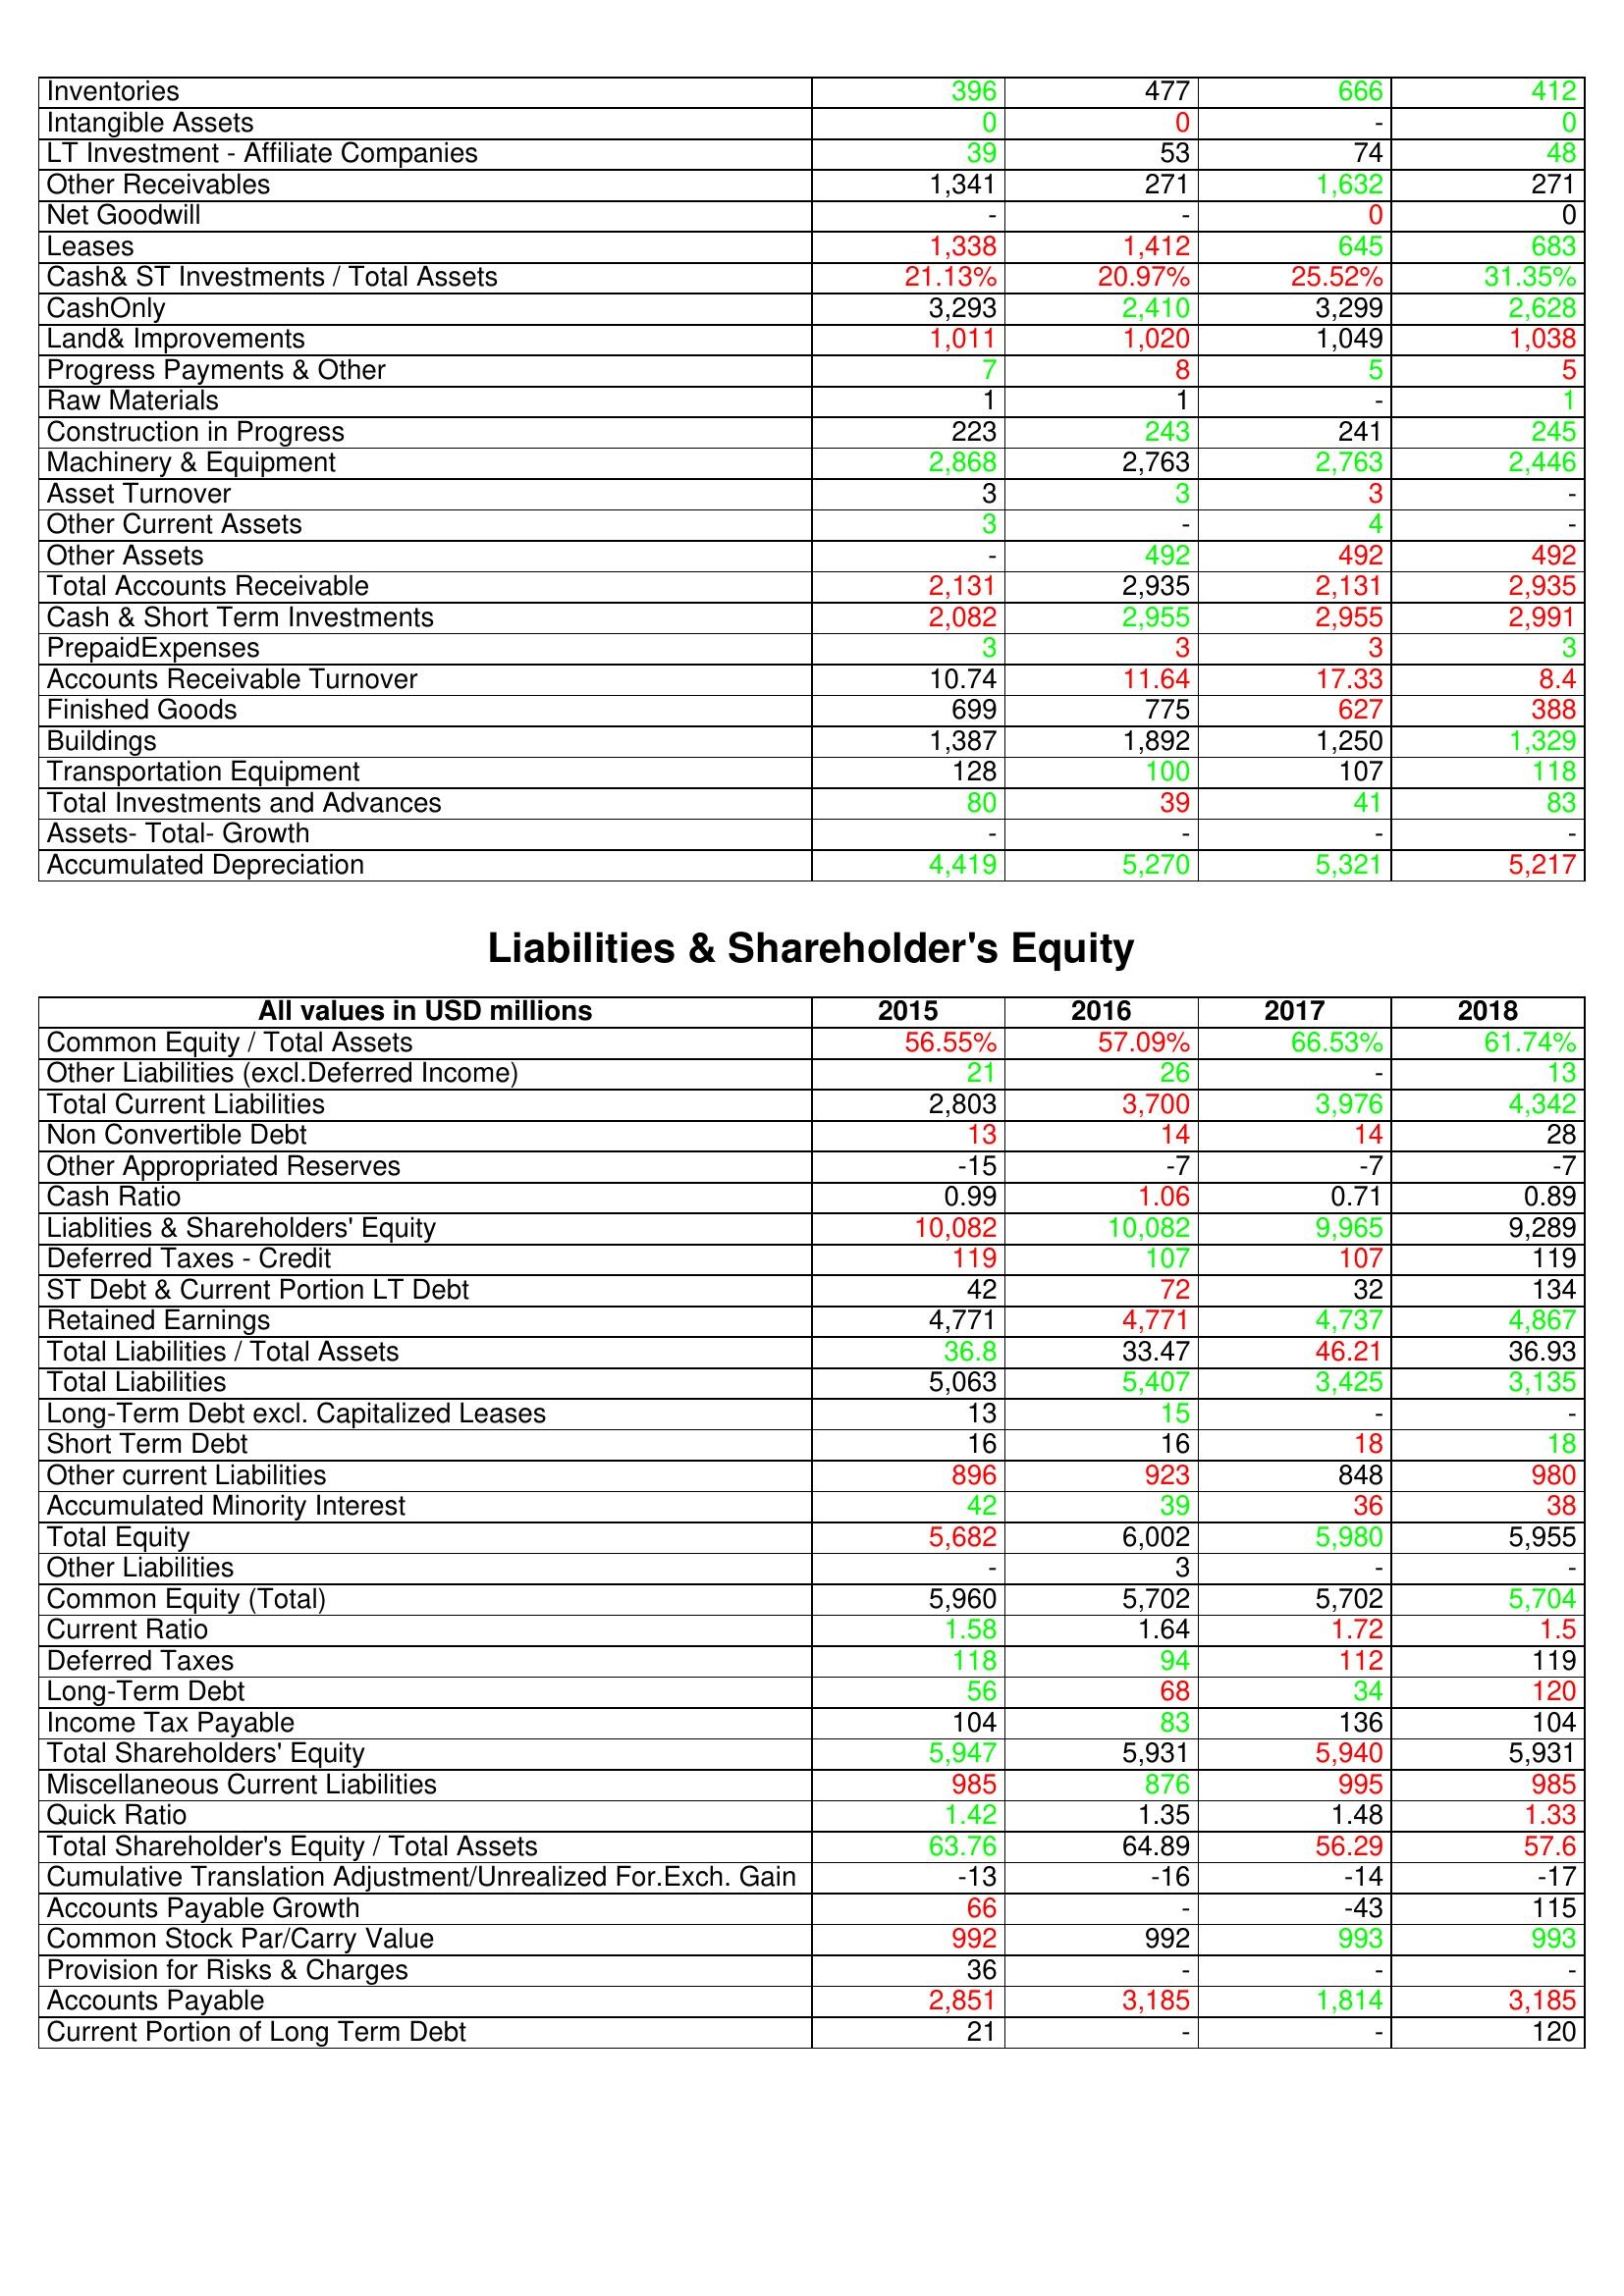
gt_parse: 2015: Assets: Inventories: 396
Intangible Assets: 0
LT Investment - Affiliate Companies: 39
Other Receivables: 1,341
Net Goodwill: -
Leases: 1,338
Cash& ST Investments / Total Assets: 21.13%
CashOnly: 3,293
Land& Improvements: 1,011
Progress Payments & Other: 7
Raw Materials: 1
Construction in Progress: 223
Machinery & Equipment: 2,868
Asset Turnover: 3
Other Current Assets: 3
Other Assets: -
Total Accounts Receivable: 2,131
Cash & Short Term Investments: 2,082
PrepaidExpenses: 3
Accounts Receivable Turnover: 10.74
Finished Goods: 699
Buildings: 1,387
Transportation Equipment: 128
Total Investments and Advances: 80
Assets- Total- Growth: -
Accumulated Depreciation: 4,419
Liabilities & Shareholder's Equity: Common Equity / Total Assets: 56.55%
Other Liabilities (excl.Deferred Income): 21
Total Current Liabilities: 2,803
Non Convertible Debt: 13
Other Appropriated Reserves: -15
Cash Ratio: 0.99
Liablities & Shareholders' Equity: 10,082
Deferred Taxes - Credit: 119
ST Debt & Current Portion LT Debt: 42
Retained Earnings: 4,771
Total Liabilities / Total Assets: 36.8
Total Liabilities: 5,063
Long-Term Debt excl. Capitalized Leases: 13
Short Term Debt: 16
Other current Liabilities: 896
Accumulated Minority Interest: 42
Total Equity: 5,682
Other Liabilities: -
Common Equity (Total): 5,960
Current Ratio: 1.58
Deferred Taxes: 118
Long-Term Debt: 56
Income Tax Payable: 104
Total Shareholders' Equity: 5,947
Miscellaneous Current Liabilities: 985
Quick Ratio: 1.42
Total Shareholder's Equity / Total Assets: 63.76
Cumulative Translation Adjustment/Unrealized For.Exch. Gain: -13
Accounts Payable Growth: 66
Common Stock Par/Carry Value: 992
Provision for Risks & Charges: 36
Accounts Payable: 2,851
Current Portion of Long Term Debt: 21
2016: Assets: Inventories: 477
Intangible Assets: 0
LT Investment - Affiliate Companies: 53
Other Receivables: 271
Net Goodwill: -
Leases: 1,412
Cash& ST Investments / Total Assets: 20.97%
CashOnly: 2,410
Land& Improvements: 1,020
Progress Payments & Other: 8
Raw Materials: 1
Construction in Progress: 243
Machinery & Equipment: 2,763
Asset Turnover: 3
Other Current Assets: -
Other Assets: 492
Total Accounts Receivable: 2,935
Cash & Short Term Investments: 2,955
PrepaidExpenses: 3
Accounts Receivable Turnover: 11.64
Finished Goods: 775
Buildings: 1,892
Transportation Equipment: 100
Total Investments and Advances: 39
Assets- Total- Growth: -
Accumulated Depreciation: 5,270
Liabilities & Shareholder's Equity: Common Equity / Total Assets: 57.09%
Other Liabilities (excl.Deferred Income): 26
Total Current Liabilities: 3,700
Non Convertible Debt: 14
Other Appropriated Reserves: -7
Cash Ratio: 1.06
Liablities & Shareholders' Equity: 10,082
Deferred Taxes - Credit: 107
ST Debt & Current Portion LT Debt: 72
Retained Earnings: 4,771
Total Liabilities / Total Assets: 33.47
Total Liabilities: 5,407
Long-Term Debt excl. Capitalized Leases: 15
Short Term Debt: 16
Other current Liabilities: 923
Accumulated Minority Interest: 39
Total Equity: 6,002
Other Liabilities: 3
Common Equity (Total): 5,702
Current Ratio: 1.64
Deferred Taxes: 94
Long-Term Debt: 68
Income Tax Payable: 83
Total Shareholders' Equity: 5,931
Miscellaneous Current Liabilities: 876
Quick Ratio: 1.35
Total Shareholder's Equity / Total Assets: 64.89
Cumulative Translation Adjustment/Unrealized For.Exch. Gain: -16
Accounts Payable Growth: -
Common Stock Par/Carry Value: 992
Provision for Risks & Charges: -
Accounts Payable: 3,185
Current Portion of Long Term Debt: -
2017: Assets: Inventories: 666
Intangible Assets: -
LT Investment - Affiliate Companies: 74
Other Receivables: 1,632
Net Goodwill: 0
Leases: 645
Cash& ST Investments / Total Assets: 25.52%
CashOnly: 3,299
Land& Improvements: 1,049
Progress Payments & Other: 5
Raw Materials: -
Construction in Progress: 241
Machinery & Equipment: 2,763
Asset Turnover: 3
Other Current Assets: 4
Other Assets: 492
Total Accounts Receivable: 2,131
Cash & Short Term Investments: 2,955
PrepaidExpenses: 3
Accounts Receivable Turnover: 17.33
Finished Goods: 627
Buildings: 1,250
Transportation Equipment: 107
Total Investments and Advances: 41
Assets- Total- Growth: -
Accumulated Depreciation: 5,321
Liabilities & Shareholder's Equity: Common Equity / Total Assets: 66.53%
Other Liabilities (excl.Deferred Income): -
Total Current Liabilities: 3,976
Non Convertible Debt: 14
Other Appropriated Reserves: -7
Cash Ratio: 0.71
Liablities & Shareholders' Equity: 9,965
Deferred Taxes - Credit: 107
ST Debt & Current Portion LT Debt: 32
Retained Earnings: 4,737
Total Liabilities / Total Assets: 46.21
Total Liabilities: 3,425
Long-Term Debt excl. Capitalized Leases: -
Short Term Debt: 18
Other current Liabilities: 848
Accumulated Minority Interest: 36
Total Equity: 5,980
Other Liabilities: -
Common Equity (Total): 5,702
Current Ratio: 1.72
Deferred Taxes: 112
Long-Term Debt: 34
Income Tax Payable: 136
Total Shareholders' Equity: 5,940
Miscellaneous Current Liabilities: 995
Quick Ratio: 1.48
Total Shareholder's Equity / Total Assets: 56.29
Cumulative Translation Adjustment/Unrealized For.Exch. Gain: -14
Accounts Payable Growth: -43
Common Stock Par/Carry Value: 993
Provision for Risks & Charges: -
Accounts Payable: 1,814
Current Portion of Long Term Debt: -
2018: Assets: Inventories: 412
Intangible Assets: 0
LT Investment - Affiliate Companies: 48
Other Receivables: 271
Net Goodwill: 0
Leases: 683
Cash& ST Investments / Total Assets: 31.35%
CashOnly: 2,628
Land& Improvements: 1,038
Progress Payments & Other: 5
Raw Materials: 1
Construction in Progress: 245
Machinery & Equipment: 2,446
Asset Turnover: -
Other Current Assets: -
Other Assets: 492
Total Accounts Receivable: 2,935
Cash & Short Term Investments: 2,991
PrepaidExpenses: 3
Accounts Receivable Turnover: 8.4
Finished Goods: 388
Buildings: 1,329
Transportation Equipment: 118
Total Investments and Advances: 83
Assets- Total- Growth: -
Accumulated Depreciation: 5,217
Liabilities & Shareholder's Equity: Common Equity / Total Assets: 61.74%
Other Liabilities (excl.Deferred Income): 13
Total Current Liabilities: 4,342
Non Convertible Debt: 28
Other Appropriated Reserves: -7
Cash Ratio: 0.89
Liablities & Shareholders' Equity: 9,289
Deferred Taxes - Credit: 119
ST Debt & Current Portion LT Debt: 134
Retained Earnings: 4,867
Total Liabilities / Total Assets: 36.93
Total Liabilities: 3,135
Long-Term Debt excl. Capitalized Leases: -
Short Term Debt: 18
Other current Liabilities: 980
Accumulated Minority Interest: 38
Total Equity: 5,955
Other Liabilities: -
Common Equity (Total): 5,704
Current Ratio: 1.5
Deferred Taxes: 119
Long-Term Debt: 120
Income Tax Payable: 104
Total Shareholders' Equity: 5,931
Miscellaneous Current Liabilities: 985
Quick Ratio: 1.33
Total Shareholder's Equity / Total Assets: 57.6
Cumulative Translation Adjustment/Unrealized For.Exch. Gain: -17
Accounts Payable Growth: 115
Common Stock Par/Carry Value: 993
Provision for Risks & Charges: -
Accounts Payable: 3,185
Current Portion of Long Term Debt: 120